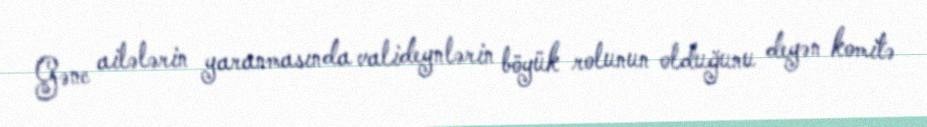
Gənc ailələrin yaranmasında valideynlərin böyük rolunun olduğunu deyən komitə